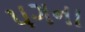
પગના